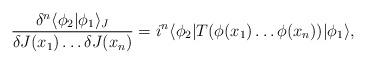
\begin{align*}\frac{\delta^n\langle\phi_2|\phi_1\rangle_J}{\delta J(x_1)\ldots \delta J(x_n)}= i^n \langle \phi_2|T(\phi(x_1)\ldots\phi(x_n)) |\phi_1 \rangle,\end{align*}